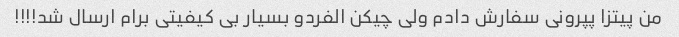
من پیتزا پپرونی سفارش دادم ولی چیکن الفردو بسیار بی کیفیتی برام ارسال شد!!!!